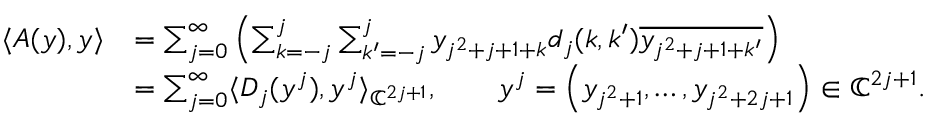
\begin{array} { r l } { \langle A ( y ) , y \rangle } & { = \sum _ { j = 0 } ^ { \infty } \left( \sum _ { k = - j } ^ { j } \sum _ { k ^ { \prime } = - j } ^ { j } y _ { j ^ { 2 } + j + 1 + k } d _ { j } ( k , k ^ { \prime } ) \overline { { y _ { j ^ { 2 } + j + 1 + k ^ { \prime } } } } \right) } \\ & { = \sum _ { j = 0 } ^ { \infty } \langle D _ { j } ( y ^ { j } ) , y ^ { j } \rangle _ { { \mathbb C } ^ { 2 j + 1 } } , \qquad y ^ { j } = \left( y _ { j ^ { 2 } + 1 } , \ldots , y _ { j ^ { 2 } + 2 j + 1 } \right) \in { \mathbb C } ^ { 2 j + 1 } . } \end{array}